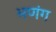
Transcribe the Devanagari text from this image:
भणंग